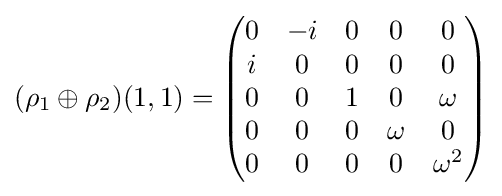
(\rho _{1}\oplus \rho _{2})(1,1)={\begin{pmatrix}0&-i&0&0&0\\i&0&0&0&0\\0&0&1&0&\omega \\0&0&0&\omega &0\\0&0&0&0&\omega ^{2}\end{pmatrix}}